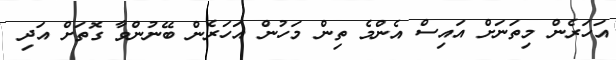
އަހަރެން މިތަނަށް އައިސް އެންމެ ތިން މަހުން އަހަރެން ބޭނުންވާ ގޮތަށް އަދި